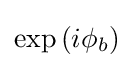
{\textstyle \exp {\left(i\phi _{b}\right)}}